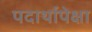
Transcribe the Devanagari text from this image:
पदार्थापेक्षा